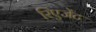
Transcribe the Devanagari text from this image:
रिएजेंट